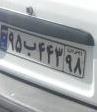
۹۵ب۴۴۳۹۸